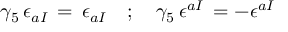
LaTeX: \gamma _ { 5 } \, \epsilon _ { a I } \, = \, \epsilon _ { a I } \quad ; \quad \gamma _ { 5 } \, \epsilon ^ { a I } \, = - \epsilon ^ { a I }